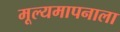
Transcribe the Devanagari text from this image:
मूल्यमापनाला